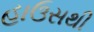
હાઉસથી